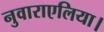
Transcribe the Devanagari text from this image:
नुवाराएलिया।